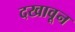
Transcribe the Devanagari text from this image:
दखावून